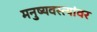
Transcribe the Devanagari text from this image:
मनुष्यवस्त्यांवर